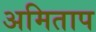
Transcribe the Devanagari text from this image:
अमिताप